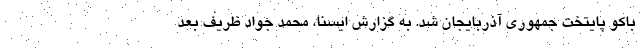
باکو پایتخت جمهوری آذربایجان شد. به گزارش ایسنا، محمد جواد ظریف بعد